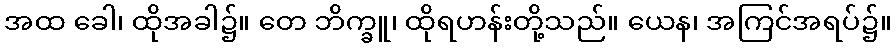
အထ ခေါ၊ ထိုအခါ၌။ တေ ဘိက္ခူ၊ ထိုရဟန်းတို့သည်။ ယေန၊ အကြင်အရပ်၌။